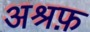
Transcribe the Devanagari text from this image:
अश्रफ़